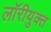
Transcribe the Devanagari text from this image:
लॉरीयुक्त